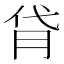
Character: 𦙯